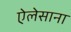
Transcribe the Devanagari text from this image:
ऐलेसाना